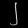
Digit: ၂